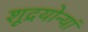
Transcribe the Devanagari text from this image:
शूद्रयोन्यां